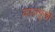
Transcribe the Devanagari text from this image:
कालमुखी